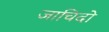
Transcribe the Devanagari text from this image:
जाचिदो